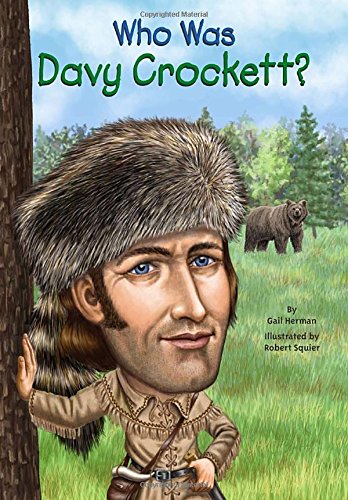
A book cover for Who Was Davy Crockett?; Gail Herman; Children's Books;